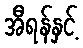
အီရန်နှင့်